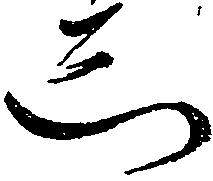
し